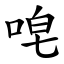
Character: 唣